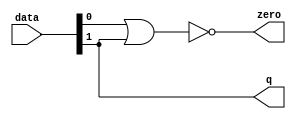
module  fpoint_hw_qsys_addsub_single_altpriority_encoder_i0b
	( 
	data,
	q,
	zero) ;
	input   [1:0]  data;
	output   [0:0]  q;
	output   zero;
	assign
		q = {data[1]},
		zero = (~ (data[0] | data[1]));
endmodule